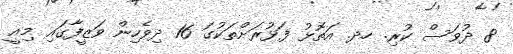
8 ދުވަސް ކުރި. ހދ. އަތޮޅު ފަޅުރަށްތަކުގަ 16 ދިވެހިން ވަޒީފާގައި މިއީ